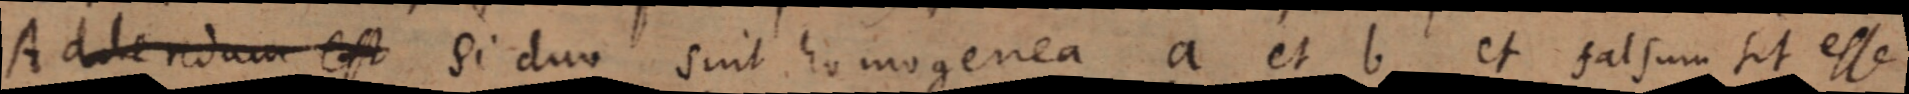
Addendam est si duo sint homogenea a et b et falsum sit esse